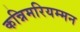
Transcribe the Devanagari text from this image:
कन्निमरियम्मन